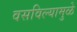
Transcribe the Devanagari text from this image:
वसविल्यामुळे